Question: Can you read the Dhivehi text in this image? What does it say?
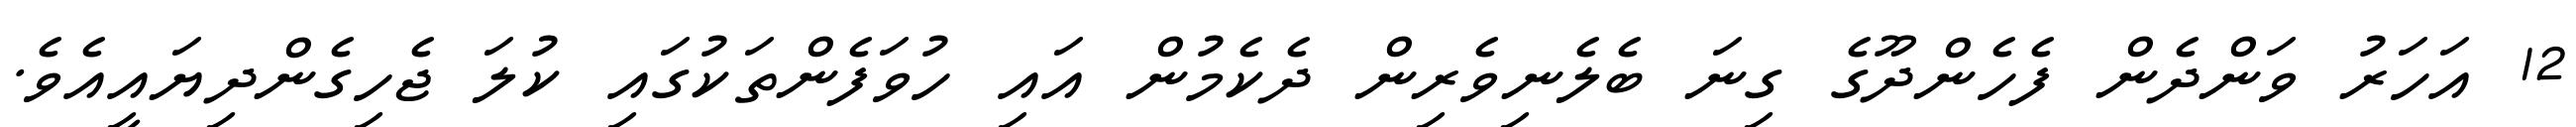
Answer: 12 އަހަރު ވަންދެން ފެހެންދޫގެ ގިނަ ބެލެނިވެރިން ދެކެމުން އައި ހުވަފެންތަކުގައި ކުލަ ޖެހިގެންދިޔައީއެވެ.